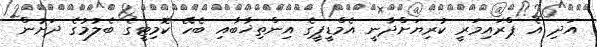
އަދި އެ ޕްރައިމަރީ ކުރިޔަށްދާނީ އެމްޑީޕީގެ އިންތިޚާބާއި ބެހޭ ކޮމިޓީގެ ބެލުމުގެ ދަށުން